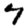
Digit: 7